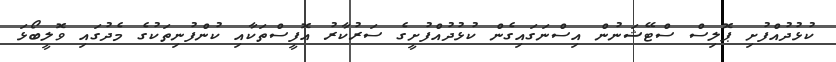
ކުޅުދުއްފުށި ޕޮލިސް ސްޓޭޝަނުން އިސްނަގައިގެން ކުޅުދުއްފުށީގެ ސަރުކާރު އޮފީސްތަކާއި ކުންފުނިތަކުގެ މެދުގައި ވޮލީބޯޅަ